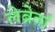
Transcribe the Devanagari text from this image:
लेब्रेतां